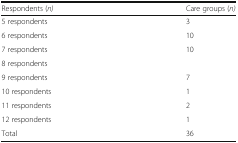
<table><thead><tr><td><b>Respondents (<i>n)</i></b></td><td><b>Care groups (<i>n)</i></b></td></tr></thead><tbody><tr><td>5 respondents</td><td>3</td></tr><tr><td>6 respondents</td><td>10</td></tr><tr><td>7 respondents</td><td>10</td></tr><tr><td>8 respondents</td><td>[EMPTY_CELL]</td></tr><tr><td>9 respondents</td><td>7</td></tr><tr><td>10 respondents</td><td>1</td></tr><tr><td>11 respondents</td><td>2</td></tr><tr><td>12 respondents</td><td>1</td></tr><tr><td>Total</td><td>36</td></tr></tbody></table>